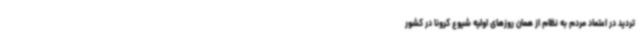
تردید در اعتماد مردم به نظام از همان روزهای اولیه شیوع کرونا در کشور